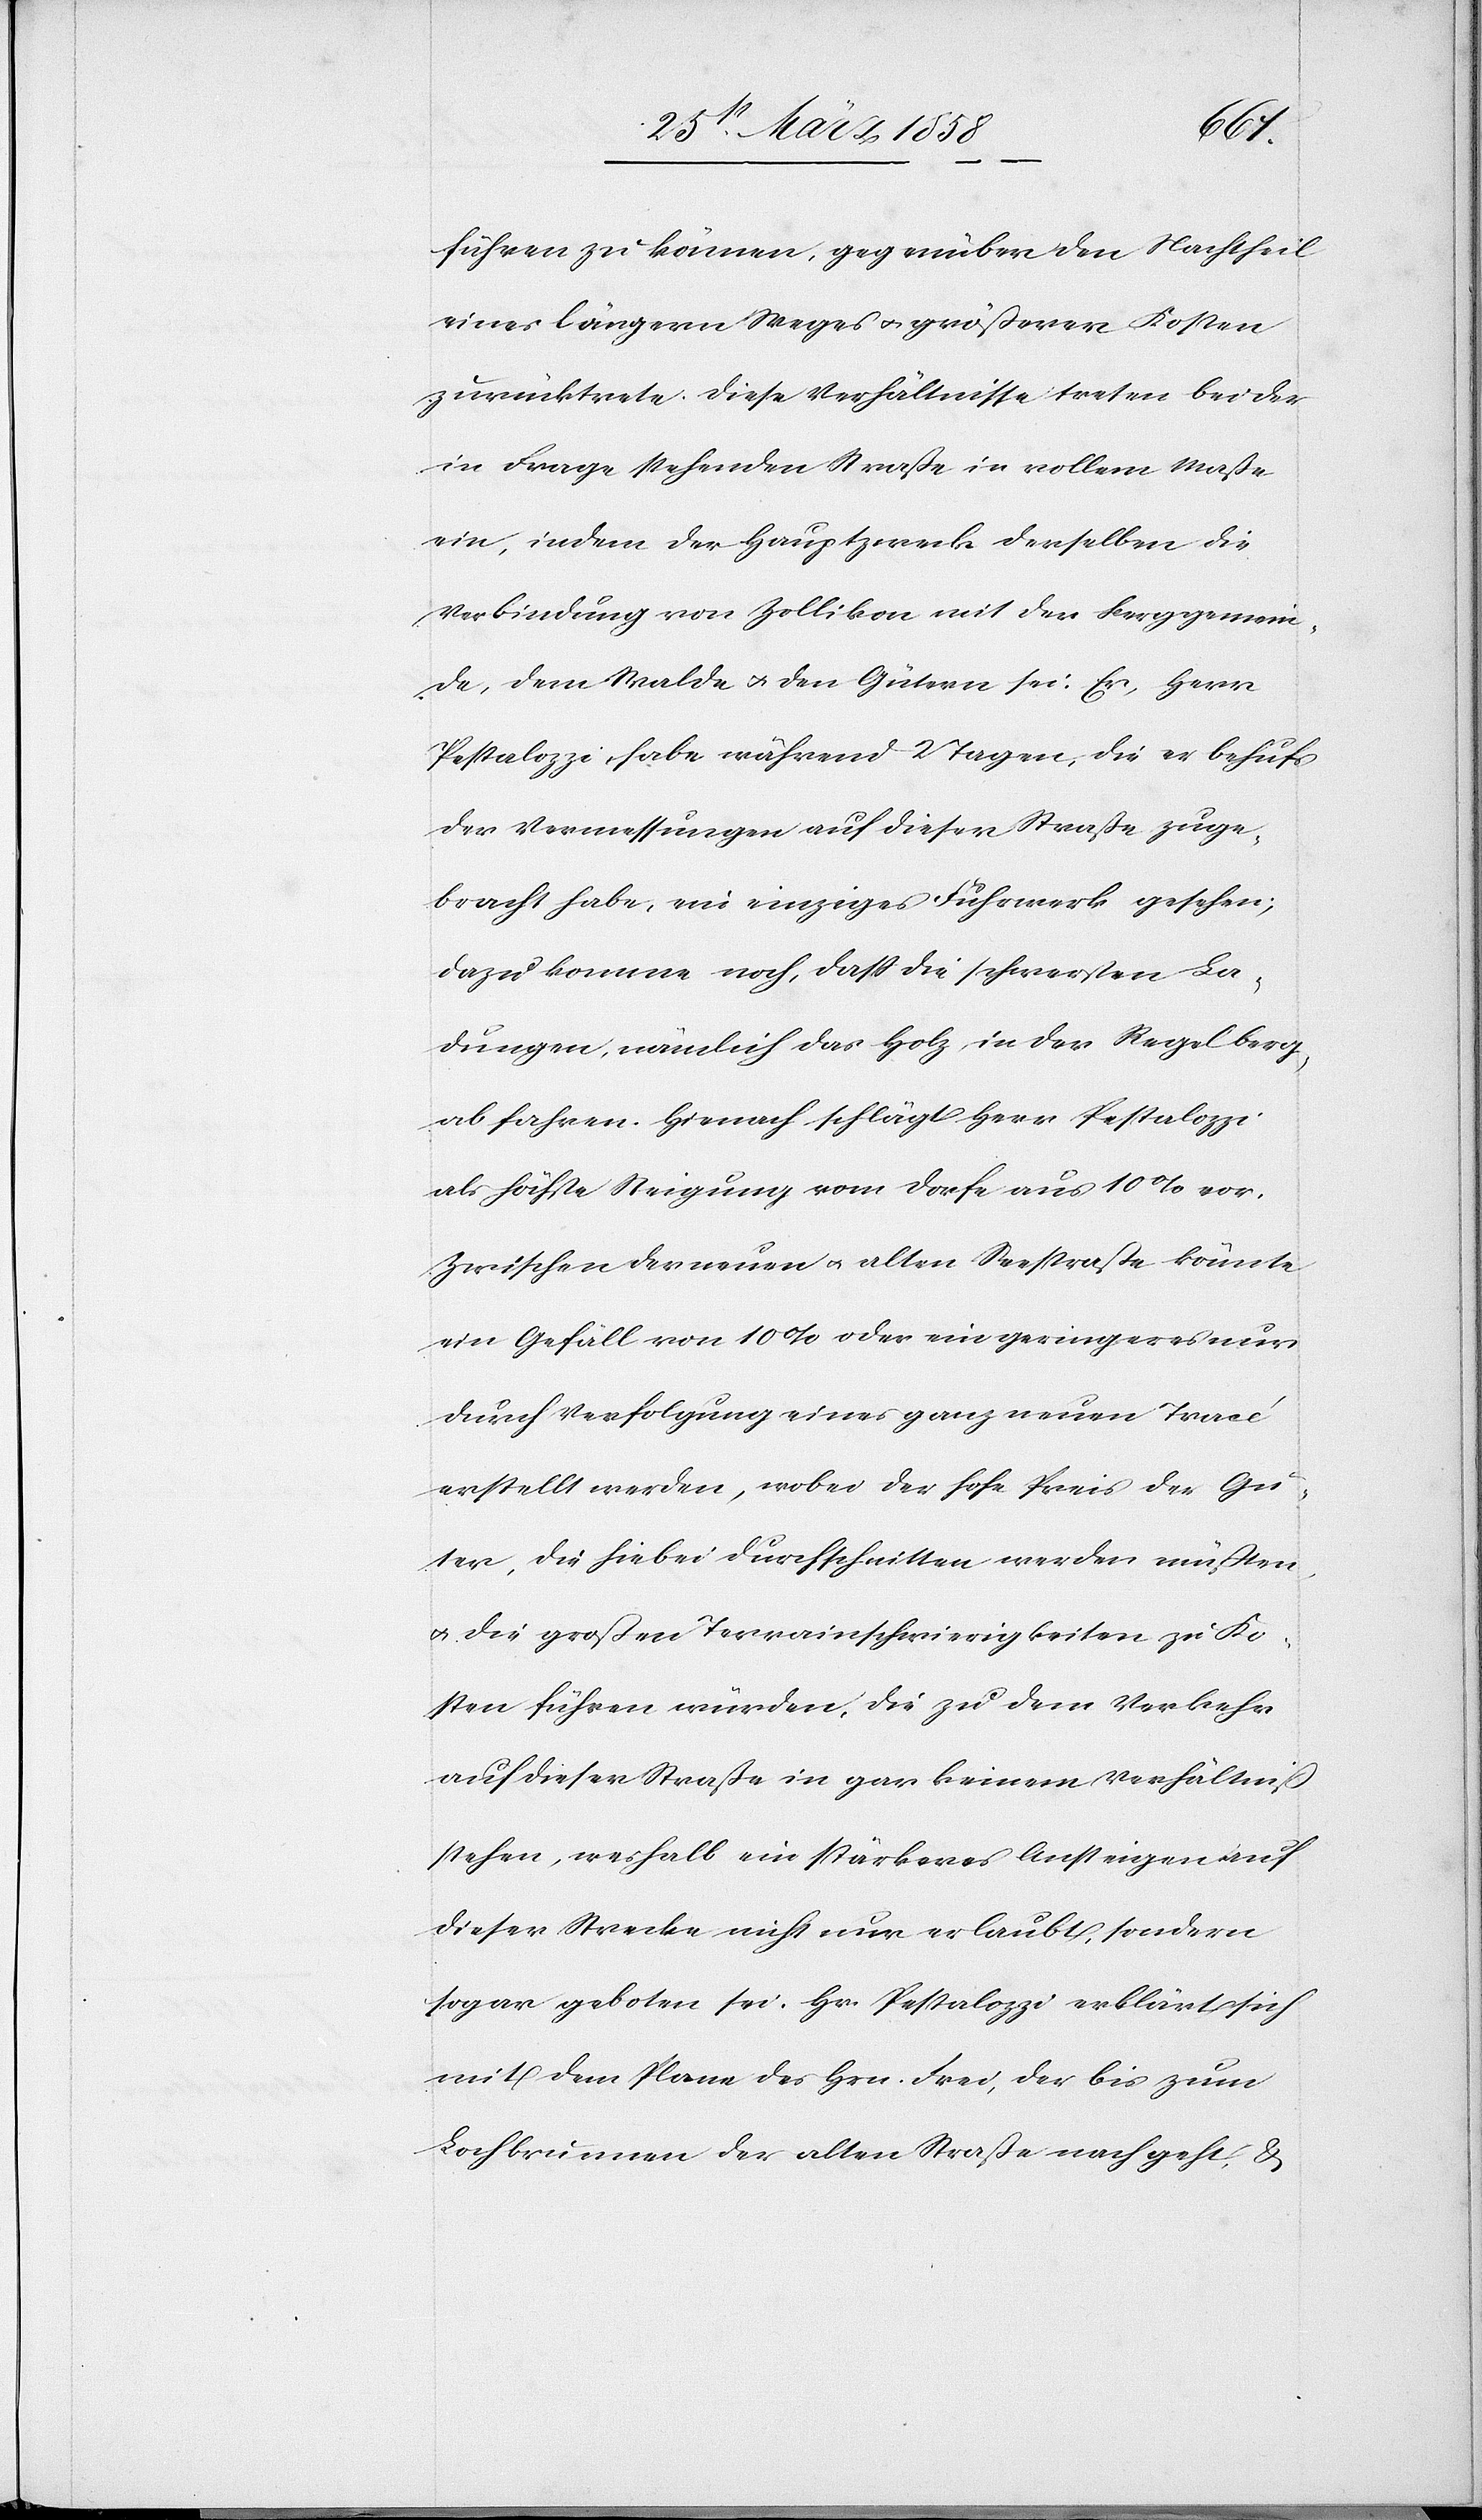
führen zu können, gegenüber den Nachtheil
eines längern Weges u. größerer Kosten
zurücktrete. Diese Verhältnisse treten bei der
in Frage stehenden Straße in vollem Maße
ein, indem der Hauptzweck derselben die
Verbindung von Zollikon mit der Berggemein¬
de, dem Walde u. den Gütern sei. Er, Herr
Pestalozzi, habe während 2 Tagen, die er behufs
der Vermessungen auf dieser Straße zuge¬
bracht habe, ein einziges Fuhrwerk gesehen;
dazu komme noch, daß die schwersten La¬
dungen, nämlich das Holz in der Regel berg¬
ab fahren. Hienach schlägt Herr Pestalozzi
als höchste Steigung vom Dorfe aus 10% vor.
Zwischen der neuen u. alten Seestraße könnte
ein Gefäll von 10% oder ein geringeres nur
durch Verfolgung eines ganz neuen Tracé
erstellt werden, wobei der hohe Preis des Gü¬
ter, die hiebei durchschnitten werden müßten,
u. die großen Terrainschwierigkeiten zu Ko¬
sten führen würden, die zu dem Vorkehr
auf dieser Straße in gar keinem Verhältniß
stehen, weshalb ein stärkeres Ansteigen auf
dieser Strecke nicht nur erlaubt, sondern
sogar geboten sei. Hr. Pestalozzi erklärt sich
mit dem Plane des Hrn. Frei, der bis zum
Lochbrunnen der alten Straße nach geht &